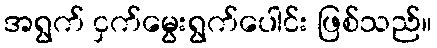
အရွက် ငှက်မွေးရွက်ပေါင်း ဖြစ်သည်။